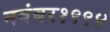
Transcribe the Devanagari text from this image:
नवंबर१९९४